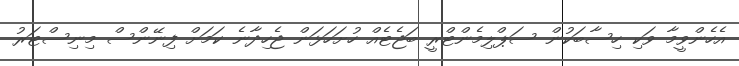
އެހެންވީމާ ވަކި ހިސާބަކުން ސަޕްލިމެންޓްރީ ބަޖެޓެއް ހުށަހަޅަން ޖެހިދާނެ ކަމަށް ފިނޭންސް މިނިސްޓަރު